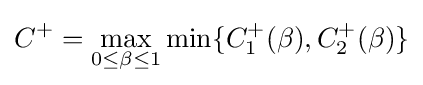
C^{+}=\max _{0\leq \beta \leq 1}\min\{C_{1}^{+}(\beta ),C_{2}^{+}(\beta )\}